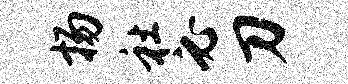
扬社必刀